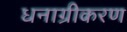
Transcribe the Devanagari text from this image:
धनाग्रीकरण